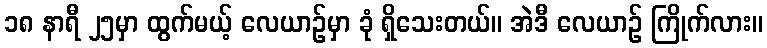
၁၈ နာရီ ၂၅မှာ ထွက်မယ့် လေယာဉ်မှာ ခုံ ရှိသေးတယ်။ အဲဒီ လေယာဉ် ကြိုက်လား။